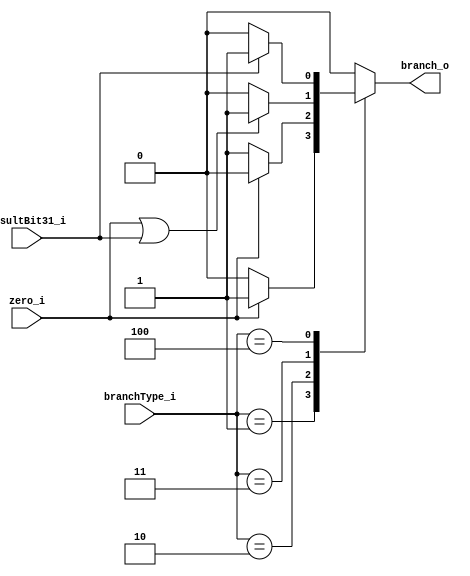
`timescale 1ns / 1ps
//Subject:     CO project 4 - Branch_selection
//--------------------------------------------------------------------------------
//Version:     1
//--------------------------------------------------------------------------------
//Writer:      0510002 K 0510009 i
//--------------------------------------------------------------------------------
//--------------------------------------------------------------------------------
//Description: 
//--------------------------------------------------------------------------------

module Branch_selection(
	branchType_i,   //3 bit branchType_i   (input)
	zero_i,         //1 bit zero_i         (input)
	resultBit31_i,  //1 bit resultBit31_i  (input)
	branch_o        //1 bit branch_o       (output)
    );

//I/O ports
input  [2:0]     branchType_i;
input            zero_i;
input            resultBit31_i;
output           branch_o;

//Internal Signals
reg              branch_o;

//Main function
always@ (*) begin
	case (branchType_i)
		3'b001: branch_o <= (zero_i) ? 1 : 0;                   //beq
		3'b010: branch_o <= (!zero_i) ? 1 : 0;                  //bne, bnez
		3'b011: branch_o <= (zero_i || resultBit31_i) ? 1 : 0;  //ble
		3'b100: branch_o <= (resultBit31_i) ? 1 : 0;            //bltz
		default: branch_o <= 0;
	endcase
end

endmodule